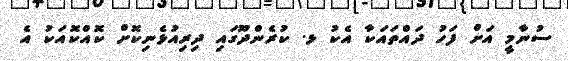
ސުނާމީ އަށް ފަހު ދައްތައަކާ އެކު ޅ. ކުރެންދޫގައި ދިރިއުޅެނިކޮށް ކޮއްކޮއަކު އެ